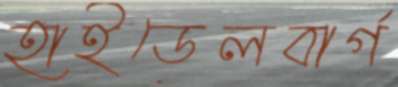
হাইডেলবার্গ